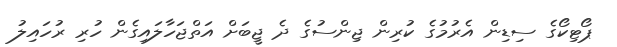
ޕޯޓިކޯގެ ސިޑިން އެރުމުގެ ކުރިން ޖިންސުގެ ދެ ޖީބަށް އަތްޖަހާލައިގެން ހުރި ރުހައިލު